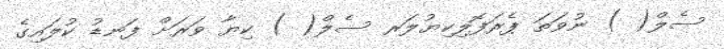
ސެލް( ) ނުވަތަ ޕެރަފޮލިކިޔުލަރ ސެލް( ) ކިޔާ ވަރަށް ފަނޑު ކުލައިގެ